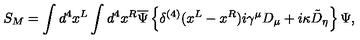
S _ { M } = \int d ^ { 4 } x ^ { L } \int d ^ { 4 } x ^ { R } \overline { { \Psi } } \left\{ \delta ^ { ( 4 ) } ( x ^ { L } - x ^ { R } ) i \gamma ^ { \mu } D _ { \mu } + i \kappa \tilde { D } _ { \eta } \right\} \Psi ,